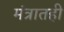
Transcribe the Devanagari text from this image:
मंत्रातही